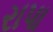
રાપા